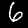
Label: 6